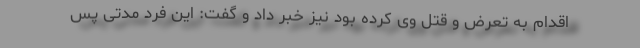
اقدام به تعرض و قتل وی کرده بود نیز خبر داد و گفت: این فرد مدتی پس